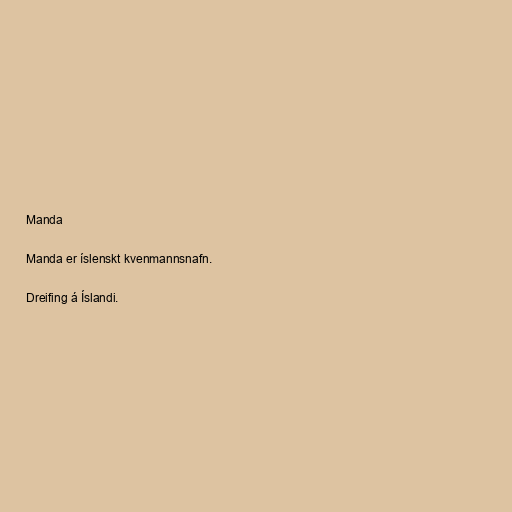
Manda

Manda er íslenskt kvenmannsnafn.

Dreifing á Íslandi.